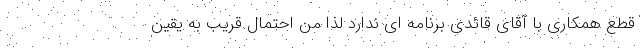
قطع همکاری با آقای قائدی برنامه ای ندارد لذا من احتمال قریب به یقین